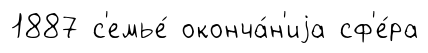
1887 с'емье́ оконча́н'иjа сф'е́ра